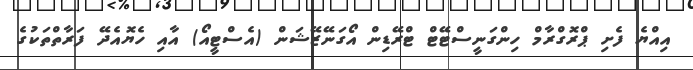
އިއްޔެ ފެށި ޕްރޮގްރާމް ހިންގަނީސްޓޭޓް ޓްރޭޑިން އޯގަނޭޒޭޝަން (އެސްޓީއޯ) އާއި ހެޔޮއެދޭ ފަރާތްތަކުގެ